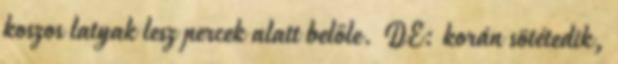
koszos latyak lesz percek alatt belőle. DE: korán sötétedik,